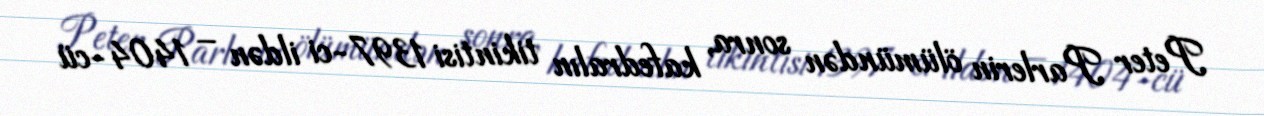
Peter Parlerin ölümündən sonra, kafedralın tikintisi 1397-ci ildən – 1404-cü